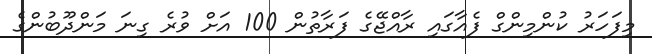
މިފަހަރު ކުންމިންގް ފެއާގައި ރާއްޖޭގެ ފަރާތުން 100 އަށް ވުރެ ގިނަ މަންދޫބުންގެ